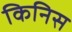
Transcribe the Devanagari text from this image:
किनिस